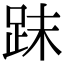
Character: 𧿴